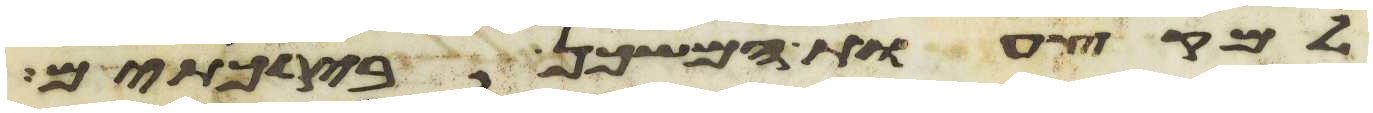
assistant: למקצעות המשכן בירכתים